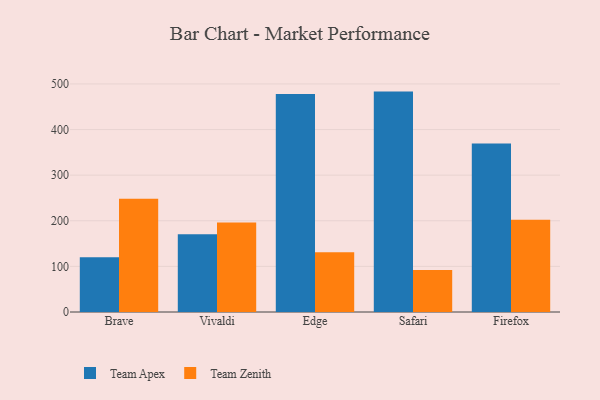
{"axis": {"x": "Browser", "y": "Satisfaction Score"}, "legend": ["Team Apex", "Team Zenith"], "data": [{"x": "Brave", "y": 119.9, "type": "Team Apex"}, {"x": "Brave", "y": 248.4, "type": "Team Zenith"}, {"x": "Vivaldi", "y": 170.4, "type": "Team Apex"}, {"x": "Vivaldi", "y": 196.0, "type": "Team Zenith"}, {"x": "Edge", "y": 477.9, "type": "Team Apex"}, {"x": "Edge", "y": 130.8, "type": "Team Zenith"}, {"x": "Safari", "y": 483.2, "type": "Team Apex"}, {"x": "Safari", "y": 91.9, "type": "Team Zenith"}, {"x": "Firefox", "y": 369.6, "type": "Team Apex"}, {"x": "Firefox", "y": 202.1, "type": "Team Zenith"}]}